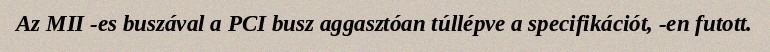
Az MII -es buszával a PCI busz aggasztóan túllépve a specifikációt, -en futott.